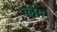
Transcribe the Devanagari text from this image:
र्काय